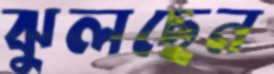
ঝুলছেন